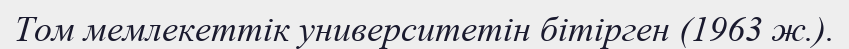
Том мемлекеттік университетін бітірген (1963 ж.).